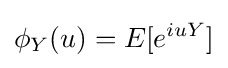
\phi _{Y}(u)=E[e^{iuY}]